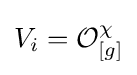
V_{i}={\mathcal {O}}_{[g]}^{\chi }